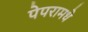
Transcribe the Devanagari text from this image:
पेपरामधे